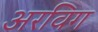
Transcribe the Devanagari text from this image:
अरविग